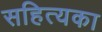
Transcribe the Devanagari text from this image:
सहित्यका